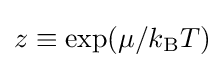
z\equiv \exp(\mu /k_{\text{B}}T)